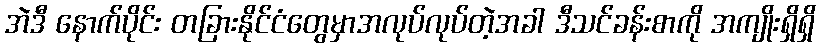
အဲဒီ နောက်ပိုင်း တခြားနိုင်ငံတွေမှာအလုပ်လုပ်တဲ့အခါ ဒီသင်ခန်းစာကို အကျိုးရှိရှိ